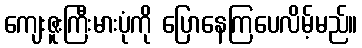
ကျေးဇူးကြီးမားပုံကို ပြောနေကြပေလိမ့်မည်။